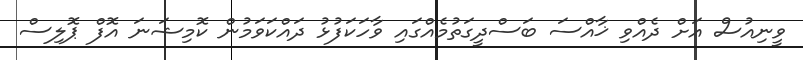
ވީނިއުސް އަށް ދެއްވި ޚާއްސަ ބަސްދީގަތުމެއްގައި ވާހަކަފުޅު ދައްކަވަމުން ކޮމިޝަނަ އޮފް ޕޮލިސް